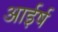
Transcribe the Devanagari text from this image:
आईर्ष